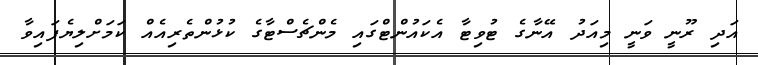
އަދި ރޫނީ ވަނީ މިއަދު އޭނާގެ ޓުވިޓާ އެކައުންޓްގައި މެންޗެސްޓާގެ ކުޅުންތެރިއެއް ކަމަށްލިޔެފައިވާ